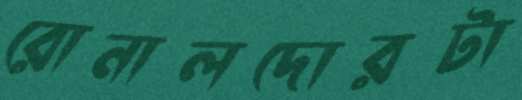
রোনালদোরটা